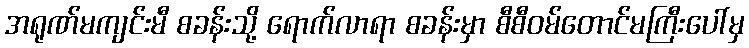
အရုဏ်မကျင်းမီ စခန်းသို့ ရောက်လာရာ စခန်းမှာ စီစီဝမ်တောင်မကြီးပေါ်မှ